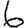
Digit: 6